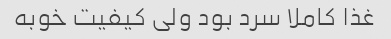
غذا کاملا سرد بود ولی کیفیت خوبه